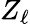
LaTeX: Z_{\ell}